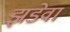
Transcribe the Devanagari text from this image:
झडेवा